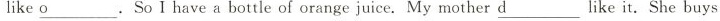
like \underline{ o }.So I have a bottle of orange juice. My mother \underline{ d } like it. She buys